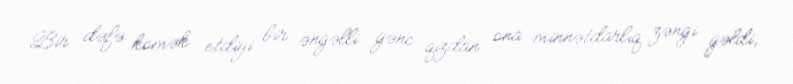
Bir dəfə kömək etdiyi bir əngəlli gənc qızdan ona minnətdarlıq zəngi gəldi,